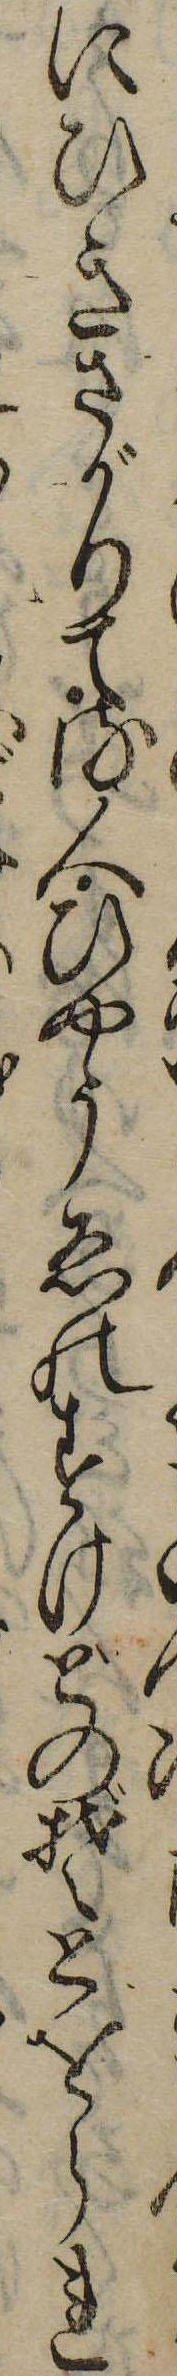
にひきさがりて流人ひやうゑのすけどのぞとをられ